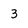
Character: 3